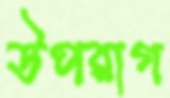
উপরাগ